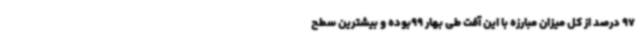
97 درصد از کل میزان مبارزه با این آفت طی بهار 99بوده و بیشترین سطح